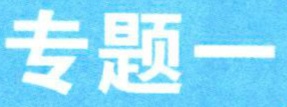
专题一